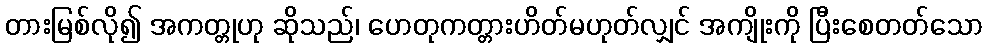
တားမြစ်လို၍ အကတ္တုဟု ဆိုသည်၊ ဟေတုကတ္တားဟိတ်မဟုတ်လျှင် အကျိုးကို ပြီးစေတတ်သော